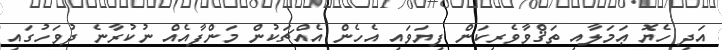
އަދި ހެޔޮ ޢަމަލާއި ތަޤްވާވެރިކަން ފިޔަވައި އެހެން އެއްޗަކުން މަންފާއެއް ނުކުރާނެ ދުވަހުގައި